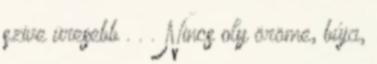
szive üresebb . . . Nincs oly öröme, búja,